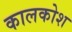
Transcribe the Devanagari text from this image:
कालकोश